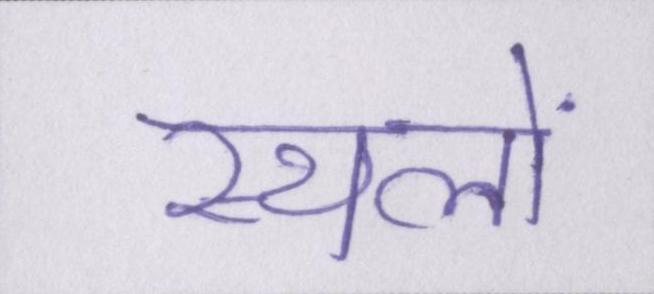
स्थलों